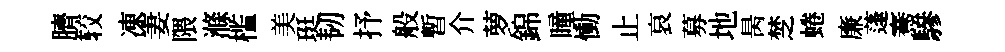
臍较凍妻隈滌槛美珽韧抒般暫介萝錦瞳慟止哀募地昺椘蜷廉蓬騫驂